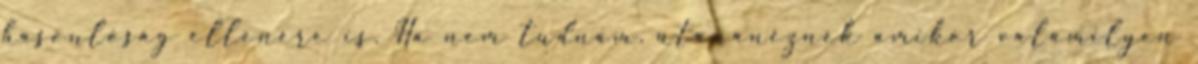
hasonlóság ellenére is. Ha nem tudnám, utánanéznék amikor valamilyen